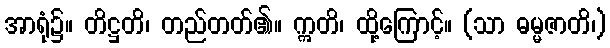
အာရုံ၌။ တိဋ္ဌတိ၊ တည်တတ်၏။ ဣတိ၊ ထို့ကြောင့်။ (သာ ဓမ္မဇာတိ၊)